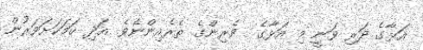
އަޅާގެ ދަރި ވަނީ މި އަޅާގެ  ވެރިންގެ ތެރެއިންނެވެ. އަދި ހަމަކަށަވަރުން